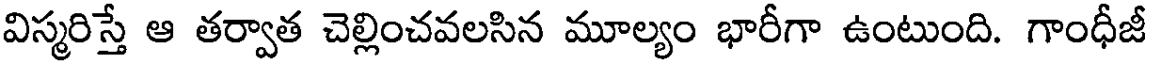
విస్మరిస్తే ఆ తర్వాత చెల్లించవలసిన మూల్యం భారీగా ఉంటుంది. గాంధీజీ